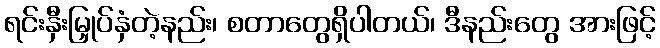
ရင်းနှီးမြှုပ်နှံတဲ့နည်း၊ စတာတွေရှိပါတယ်၊ ဒီနည်းတွေ အားဖြင့်